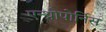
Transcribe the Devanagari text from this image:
एन्थ्रोपोर्निस